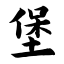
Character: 堡